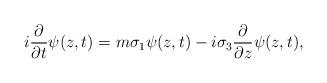
LaTeX: \begin{align*}i \frac {\partial}{\partial t} \psi (z, t) = m \sigma_1 \psi (z, t)-i \sigma_3 \frac {\partial}{\partial z} \psi (z, t),\end{align*}